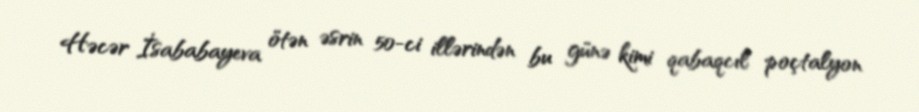
Həcər İsababayeva ötən əsrin 50-ci illərindən bu günə kimi qabaqcıl poçtalyon